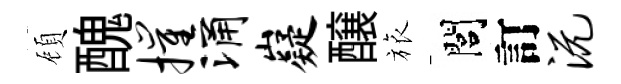
頋醜摧涌嶷醸旅閭訂沅